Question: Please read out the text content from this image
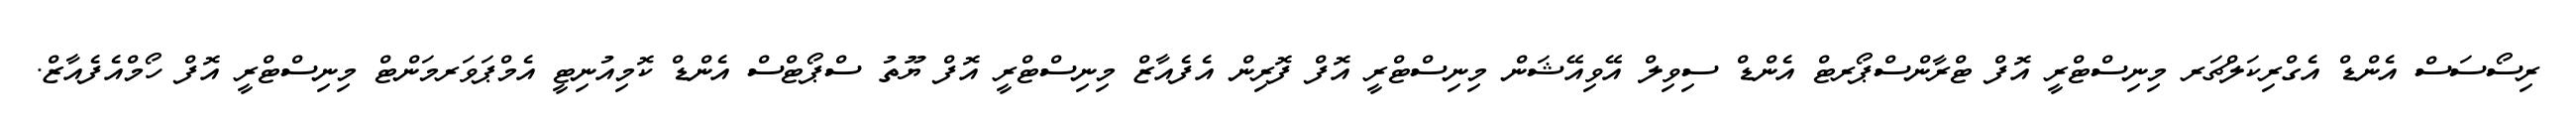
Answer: ރިސޯސަސް އެންޑް އެގްރިކަލްޗަރ މިނިސްޓްރީ އޮފް ޓްރާންސްޕޯރޓް އެންޑް ސިވިލް އޭވިއޭޝަން މިނިސްޓްރީ އޮފް ފޮރިން އެފެއާޒް މިނިސްޓްރީ އޮފް ޔޫތު ސްޕޯޓްސް އެންޑް ކޮމިއުނިޓީ އެމްޕަވަރމަންޓް މިނިސްޓްރީ އޮފް ހޯމްއެފެއާޒް.